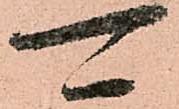
可